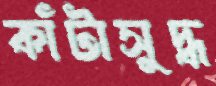
কাঁটাসুদ্ধ